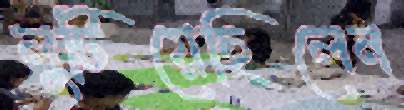
লুটিয়েছিলেন